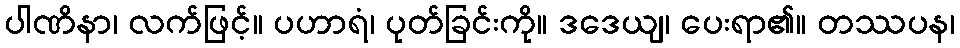
ပါဏိနာ၊ လက်ဖြင့်။ ပဟာရံ၊ ပုတ်ခြင်းကို။ ဒဒေယျ၊ ပေးရာ၏။ တဿပန၊